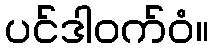
ပင်ဒါဝက်ဝံ။